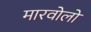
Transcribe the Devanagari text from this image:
मारवोलो